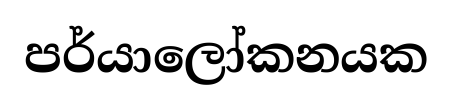
පර්යාලෝකනයක